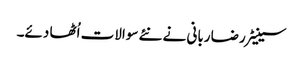
سینیٹر رضا ربانی نے نئے سوالات اُٹھا دئے۔